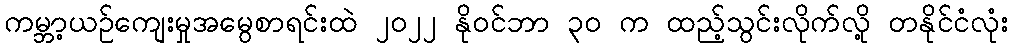
ကမ္ဘာ့ယဉ်ကျေးမှုအမွေစာရင်းထဲ ၂၀၂၂ နိုဝင်ဘာ ၃၀ က ထည့်သွင်းလိုက်လို့ တနိုင်ငံလုံး